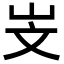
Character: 㞵